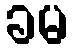
ခမ